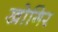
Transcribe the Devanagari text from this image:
खोगिर